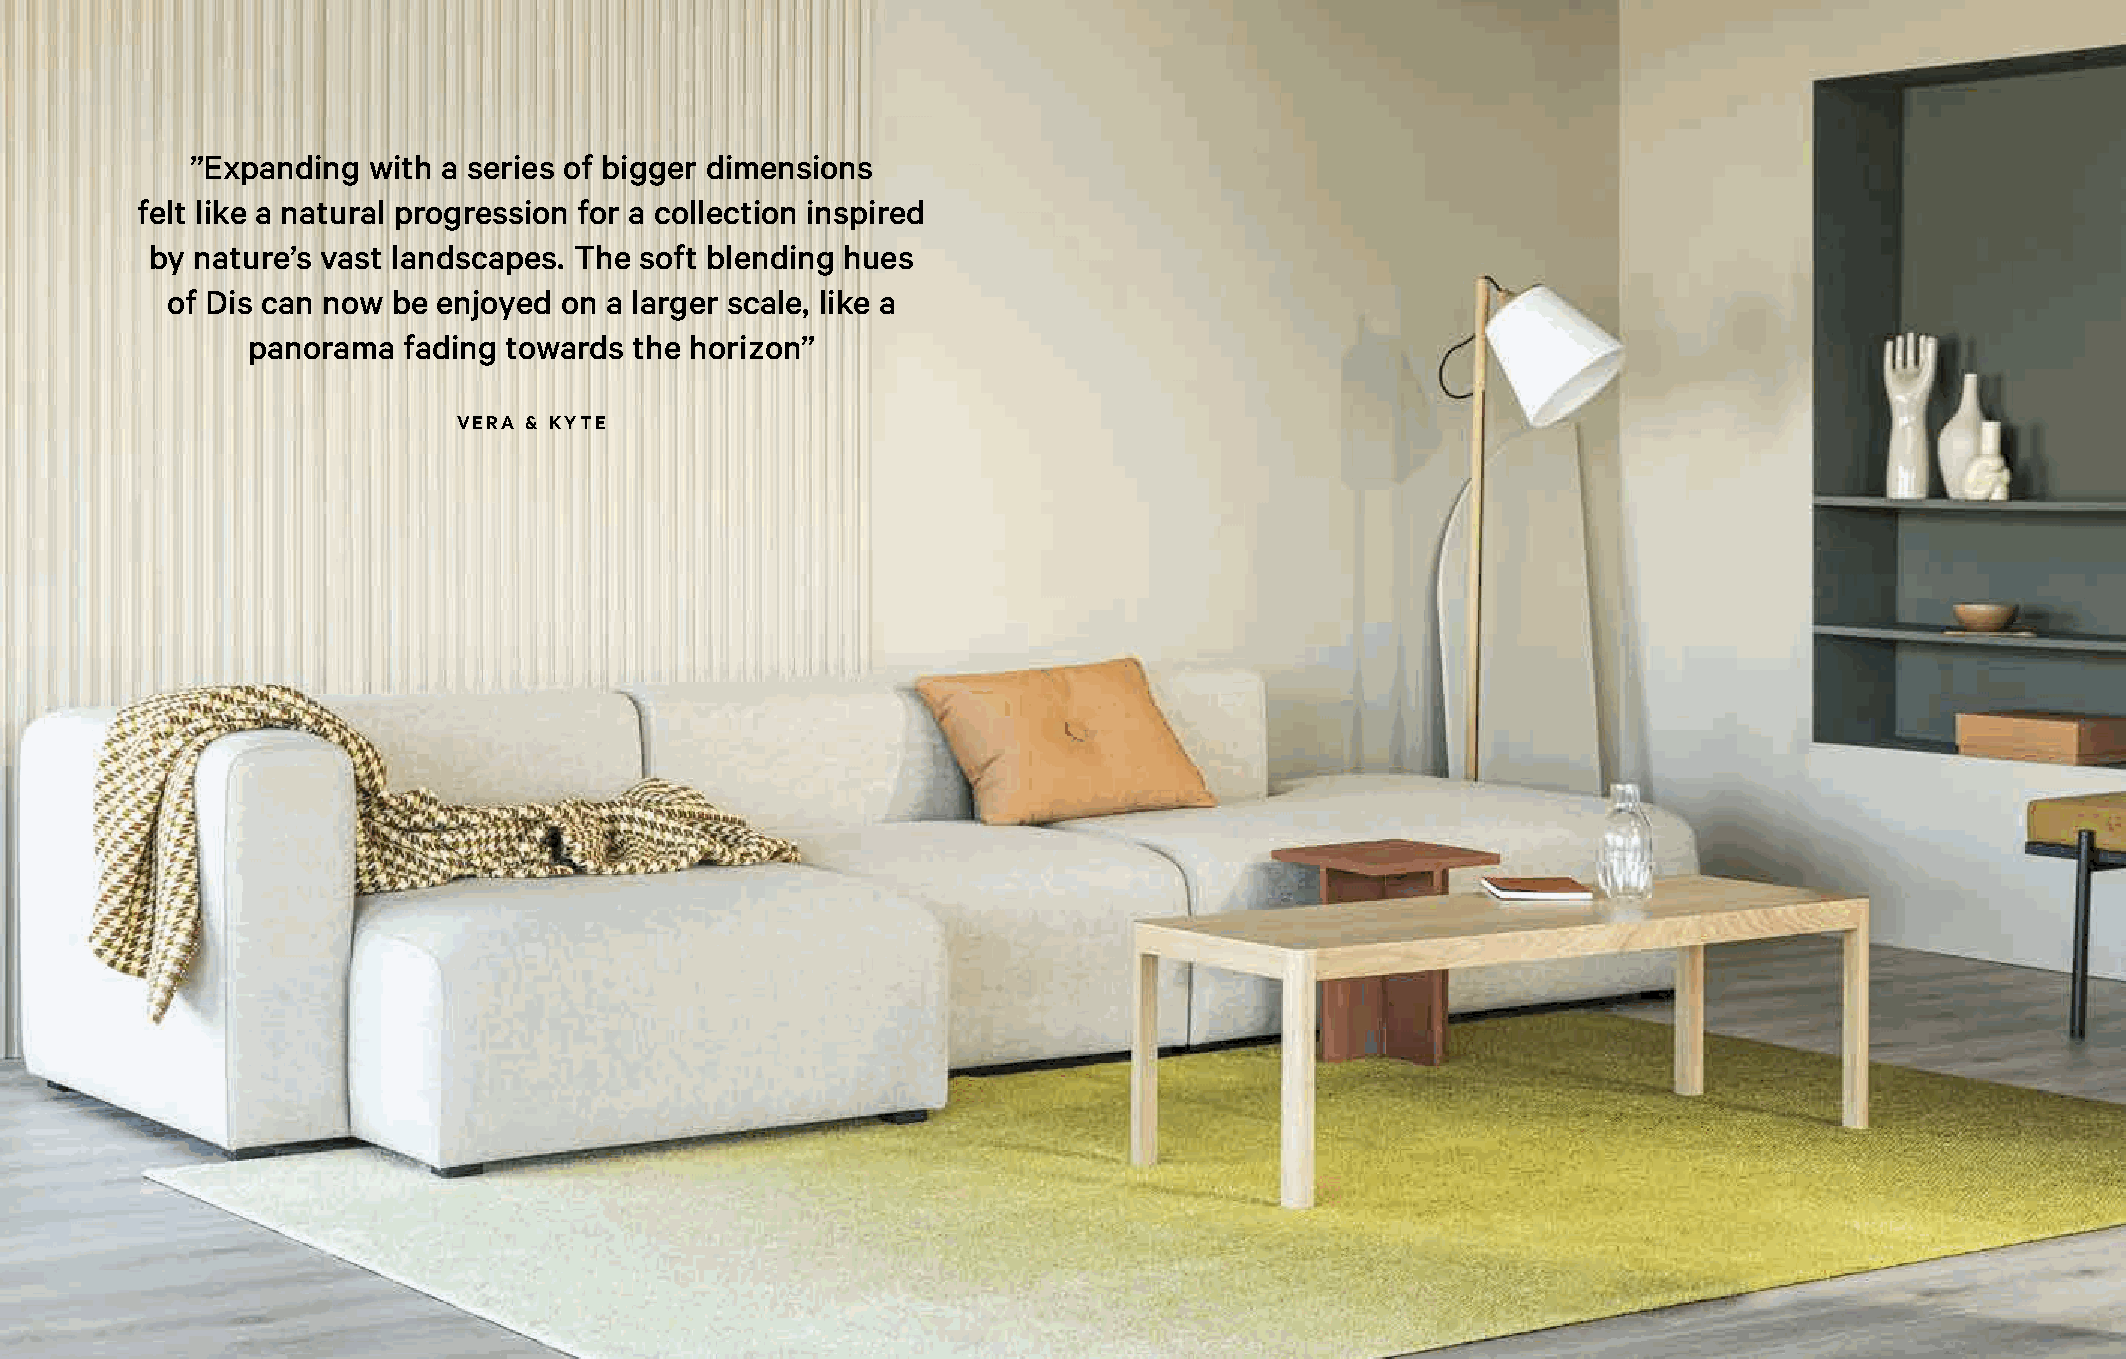
COLLECTION
 The new  sizes and formats continue the matt’s jour-
 COLLECTION
 ney from the hallway further into home interiors
 ”Expaanndd pinugb lwici tshp aa cseesries of bigger dimensions
 felt like a natural progression for a collection inspired
 by nature’s vast landscapes. The soft blending hues
 of Dis can now be enjoyed on a larger scale, like a
 panorama   fading towards the horizon”
 VERA & KYTE
 18                                                                    19